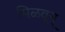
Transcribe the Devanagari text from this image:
मिळवून्